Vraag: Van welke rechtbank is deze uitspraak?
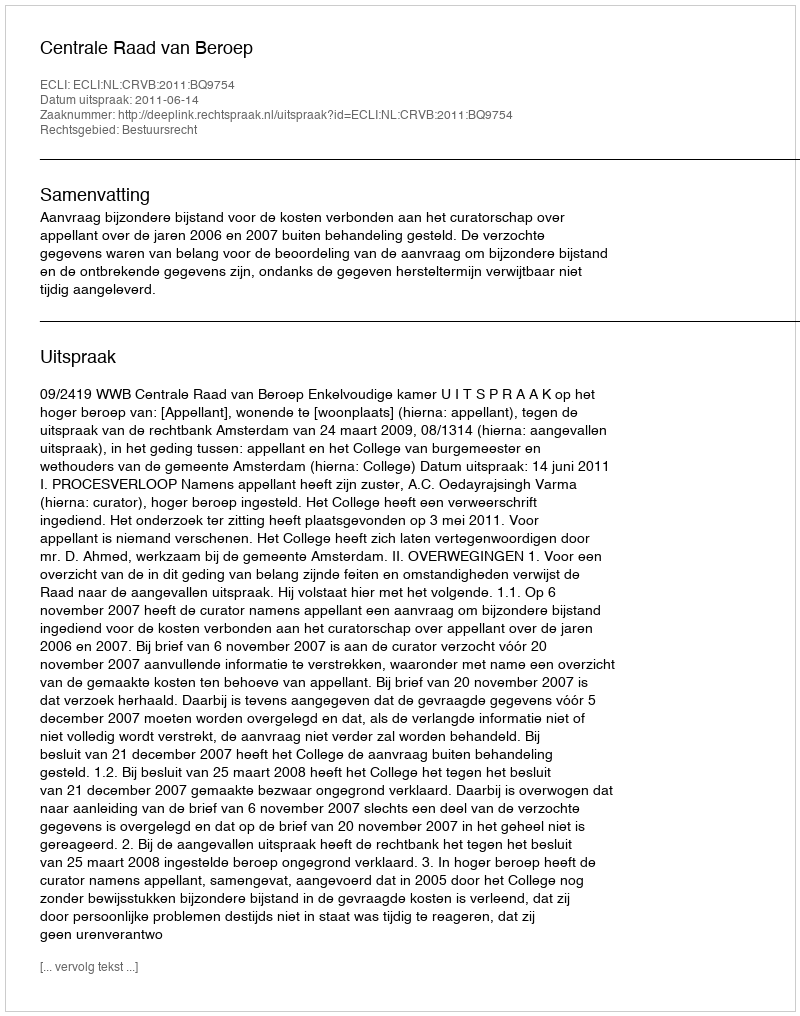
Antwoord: Centrale Raad van Beroep